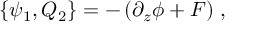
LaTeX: \{ \psi _ { 1 } , Q _ { 2 } \} = - \left( \partial _ { z } \phi + F \right) \, ,